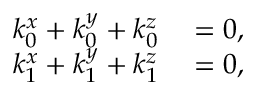
\begin{array} { r l } { k _ { 0 } ^ { x } + k _ { 0 } ^ { y } + k _ { 0 } ^ { z } } & { { } = 0 , } \\ { k _ { 1 } ^ { x } + k _ { 1 } ^ { y } + k _ { 1 } ^ { z } } & { { } = 0 , } \end{array}